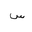
Letter: _sin